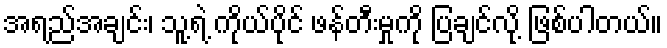
အရည်အချင်း၊ သူ့ရဲ့ ကိုယ်ပိုင် ဖန်တီးမှုကို ပြချင်လို့ ဖြစ်ပါတယ်။